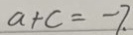
a + c = - 7 .